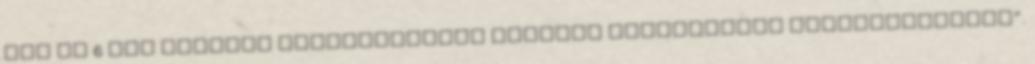
óra és 6 óra közötti nyitvatartási rendjét rendeletben szabályozhatja”.